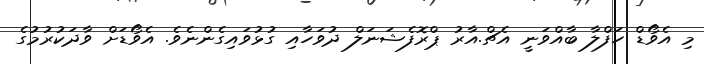
މި އެވޯޑް ހަފްލާ ބާއްވަނީ އެޗް.އާރު ޕްރޮފެޝަނަލް ދުވަހާއި ގުޅުވައިގެންނެވެ. އެވޯޑަށް ވާދަކުރުމުގެ